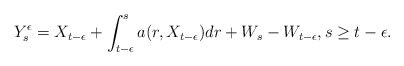
\begin{align*}Y_s^\epsilon=X_{t-\epsilon}+\int_{t-\epsilon}^s a(r,X_{t-\epsilon})dr+W_s-W_{t-\epsilon},s\geq t-\epsilon.\end{align*}